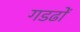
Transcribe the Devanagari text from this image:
गडढों